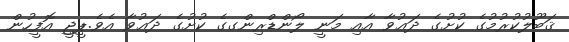
ޤަބޫލުކުރުމުގެ ކުށުގެ ދަޢުވާ އާއި މަނީ ލޯންޑްރިންގގެ ކުށުގެ ދަޢުވާ އެވެ.ޕީޖީ އޮފީހުން